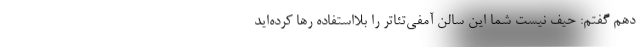
دهم گفتم: حیف نیست شما این سالن آمفی‌تئاتر را بلااستفاده رها کرده‌اید